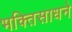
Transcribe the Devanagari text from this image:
भक्तिसाधने